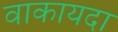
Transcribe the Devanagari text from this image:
वाकायदा